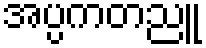
အပ္ပကတညူ